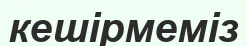
кешірмеміз